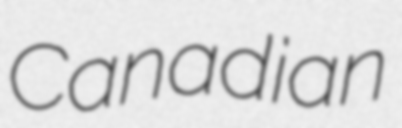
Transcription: Canadian